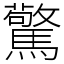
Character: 驚